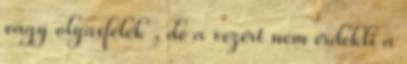
vagy olyasfélék , de a vezért nem érdekli a